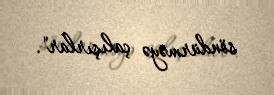
söndürməyə çalışırlar".